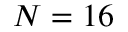
N = 1 6